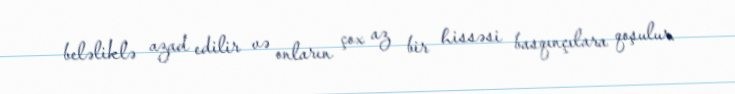
beləliklə azad edilir və onların çox az bir hissəsi basqınçılara qoşulur.